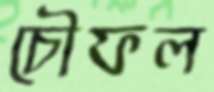
চৌফল